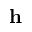
\textbf { h }